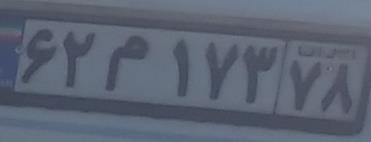
۶۲م۱۷۳۷۸